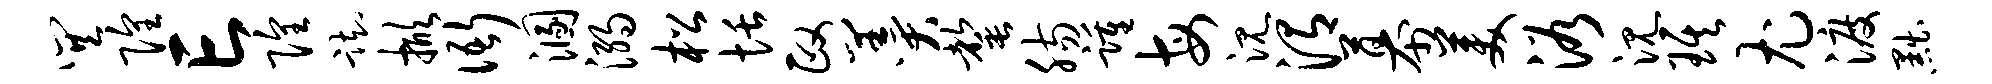
巽隍亡隍踟掀衙溷溺松恬政羹罄肠踵每沉渭幕美浴沉琪尤渡黜